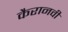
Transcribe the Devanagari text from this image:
कैरानवी